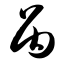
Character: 呙